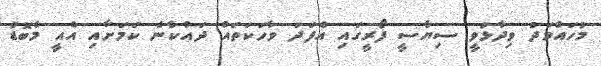
މުހައްމަދު ވިދާޅުވީ ސިޔާސީ ފޯރީގައި އެފަދަ ވާހަކަތައް ދައްކާނެ ކަމަށާއި އެއީ މާބޮޑު